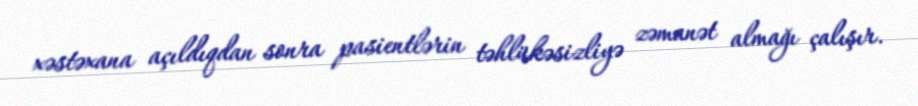
xəstəxana açıldıqdan sonra pasientlərin təhlükəsizliyə zəmanət almağı çalışır.